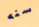
سنه